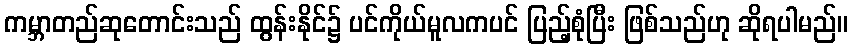
ကမ္ဘာတည်ဆုတောင်းသည် ထွန်းနိုင်၌ ပင်ကိုယ်မူလကပင် ပြည့်စုံပြီး ဖြစ်သည်ဟု ဆိုရပါမည်။